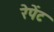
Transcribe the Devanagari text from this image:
रेपेंट